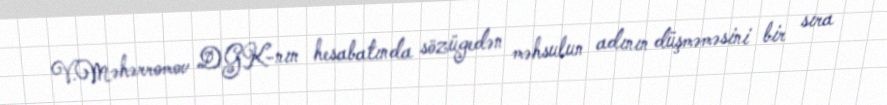
V.Məhərromov DGK-nın hesabatında sözügedən məhsulun adının düşməməsini bir sıra